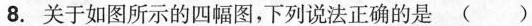
8. 关于如图所示的四幅图，下列说法正确的是 ()